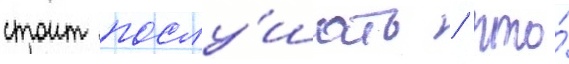
стоит послу́шать / что́